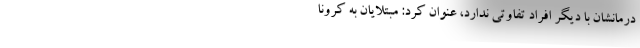
درمانشان با دیگر افراد تفاوتی ندارد، عنوان کرد: مبتلایان به کرونا